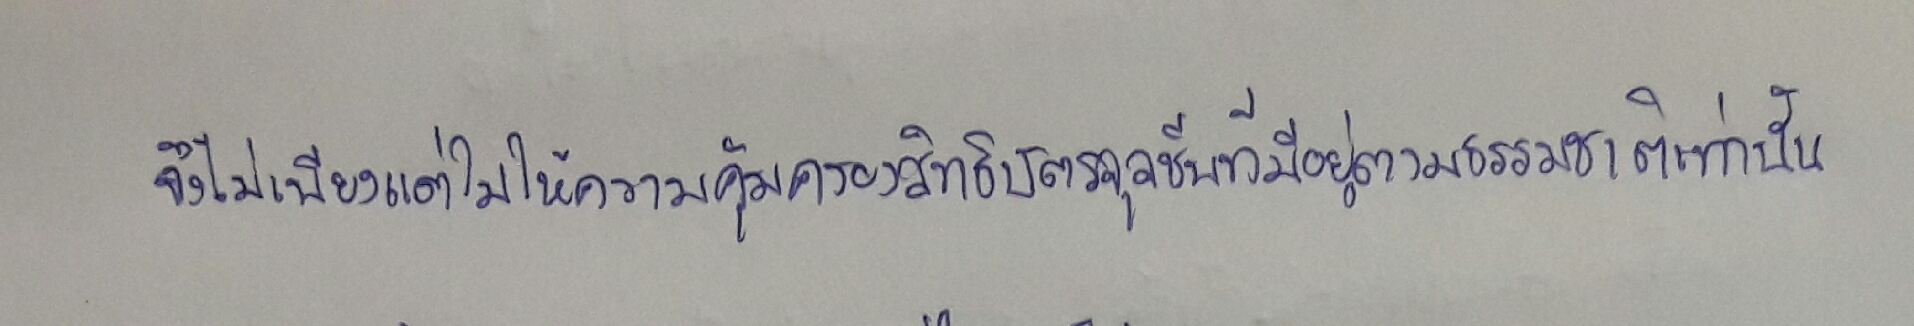
จึงไม่เพียงแต่ไม่ให้ความคุ้มครองสิทธิบัตรจุลชีพที่มีอยู่ตามธรรมชาติเท่านั้น